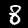
Digit: 8